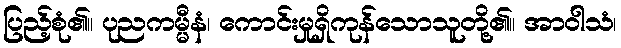
ပြည့်စုံ၏။ ပုညကမ္မီနံ၊ ကောင်းမှုရှိကုန်သောသူတို့၏။ အာဝါသံ၊